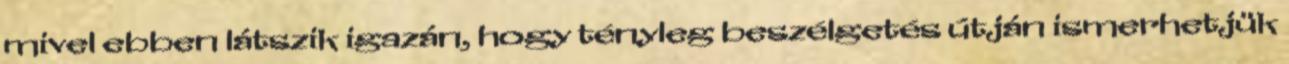
mivel ebben látszik igazán, hogy tényleg beszélgetés útján ismerhetjük